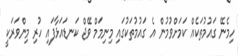
ހިމެނޭ ގައުމުތަކެއް ކަމަށްވުމުން އެ ގައުމުތަކުގައި މިނިމަމް ވޭޖް ކަނޑައަޅާފައި ހުރި މިންވަރަކީ